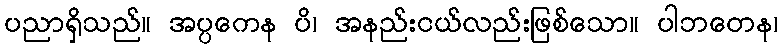
ပညာရှိသည်။ အပ္ပကေန ပိ၊ အနည်းငယ်လည်းဖြစ်သော။ ပါဘတေန၊